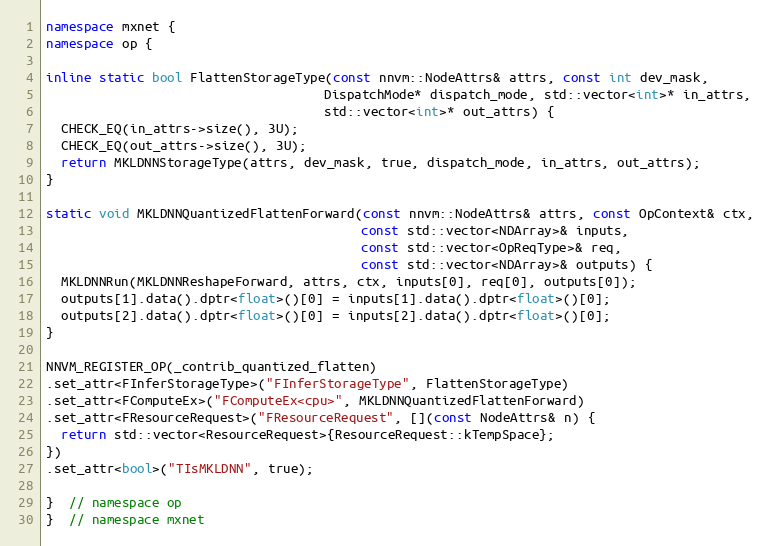
Language: C++
namespace mxnet {
namespace op {

inline static bool FlattenStorageType(const nnvm::NodeAttrs& attrs, const int dev_mask,
                                     DispatchMode* dispatch_mode, std::vector<int>* in_attrs,
                                     std::vector<int>* out_attrs) {
  CHECK_EQ(in_attrs->size(), 3U);
  CHECK_EQ(out_attrs->size(), 3U);
  return MKLDNNStorageType(attrs, dev_mask, true, dispatch_mode, in_attrs, out_attrs);
}

static void MKLDNNQuantizedFlattenForward(const nnvm::NodeAttrs& attrs, const OpContext& ctx,
                                          const std::vector<NDArray>& inputs,
                                          const std::vector<OpReqType>& req,
                                          const std::vector<NDArray>& outputs) {
  MKLDNNRun(MKLDNNReshapeForward, attrs, ctx, inputs[0], req[0], outputs[0]);
  outputs[1].data().dptr<float>()[0] = inputs[1].data().dptr<float>()[0];
  outputs[2].data().dptr<float>()[0] = inputs[2].data().dptr<float>()[0];
}

NNVM_REGISTER_OP(_contrib_quantized_flatten)
.set_attr<FInferStorageType>("FInferStorageType", FlattenStorageType)
.set_attr<FComputeEx>("FComputeEx<cpu>", MKLDNNQuantizedFlattenForward)
.set_attr<FResourceRequest>("FResourceRequest", [](const NodeAttrs& n) {
  return std::vector<ResourceRequest>{ResourceRequest::kTempSpace};
})
.set_attr<bool>("TIsMKLDNN", true);

}  // namespace op
}  // namespace mxnet